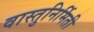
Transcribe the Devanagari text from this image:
वास्तुनिर्मिती